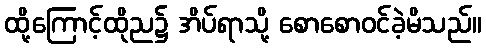
ထို့ကြောင့်ထိုည၌ အိပ်ရာသို့ စောစောဝင်ခဲ့မိသည်။